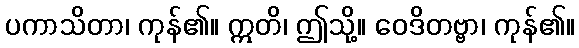
ပကာသိတာ၊ ကုန်၏။ ဣတိ၊ ဤသို့။ ဝေဒိတဗ္ဗာ၊ ကုန်၏။